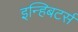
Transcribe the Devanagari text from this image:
इन्हिबटर्स